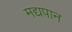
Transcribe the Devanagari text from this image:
मद्यपान